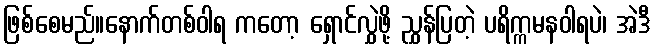
ဖြစ်စေမည်။နောက်တစ်ဝါရ ကတော့ ရှောင်လွှဲဖို့ ညွှန်ပြတဲ့ ပရိက္ကမနဝါရပဲ၊ အဲဒီ